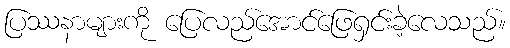
ပြဿနာများကို ပြေလည်အောင်ဖြေရှင်းခဲ့လေသည်။